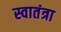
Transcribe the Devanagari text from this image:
स्वातंत्रा